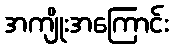
အကျိုးအကြောင်း